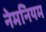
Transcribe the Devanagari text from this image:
नेमनियम